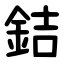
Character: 銡